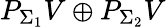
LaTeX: P_{\Sigma_{1}}V\oplus P_{\Sigma_{2}}V